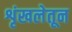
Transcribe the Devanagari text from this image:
शृंखलेतून